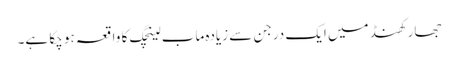
جھارکھنڈ میں ایک درجن سے زیادہ ماب لینچگ کا واقعہ ہو چکا ہے۔